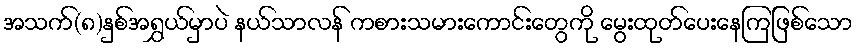
အသက်(၈)နှစ်အရွှယ်မှာပဲ နယ်သာလန် ကစားသမားကောင်းတွေကို မွေးထုတ်ပေးနေကြဖြစ်သော